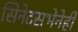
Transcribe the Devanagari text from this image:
सिनेटसभेनेही